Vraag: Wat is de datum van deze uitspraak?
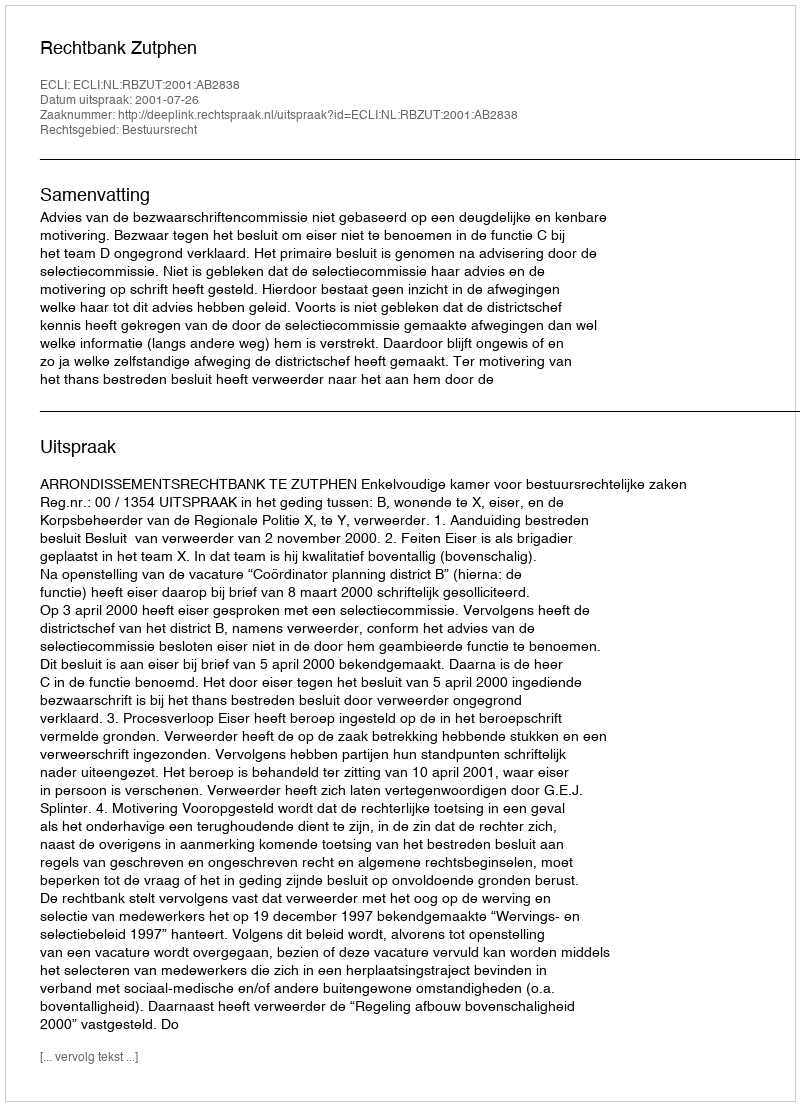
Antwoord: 2001-07-26